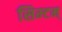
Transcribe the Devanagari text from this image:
सिम्टम्